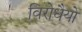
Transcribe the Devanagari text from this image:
विरोधैयो